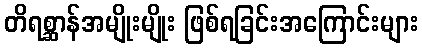
တိရစ္ဆာန်အမျိုးမျိုး ဖြစ်ရခြင်းအကြောင်းများ